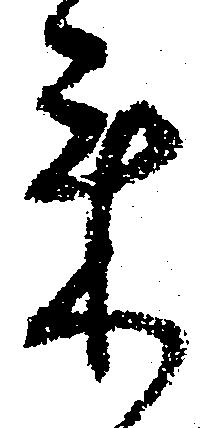
来